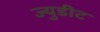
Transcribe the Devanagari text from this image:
ज्युडीट